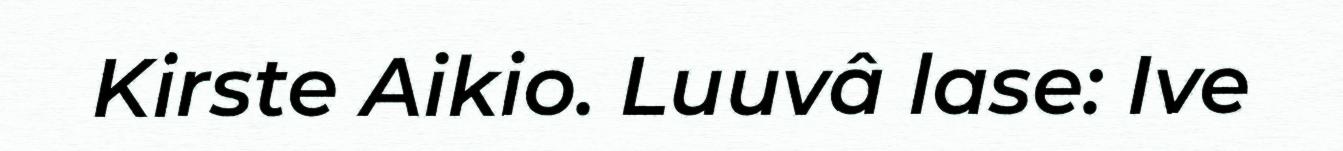
Kirste Aikio. Luuvâ lase: Ive